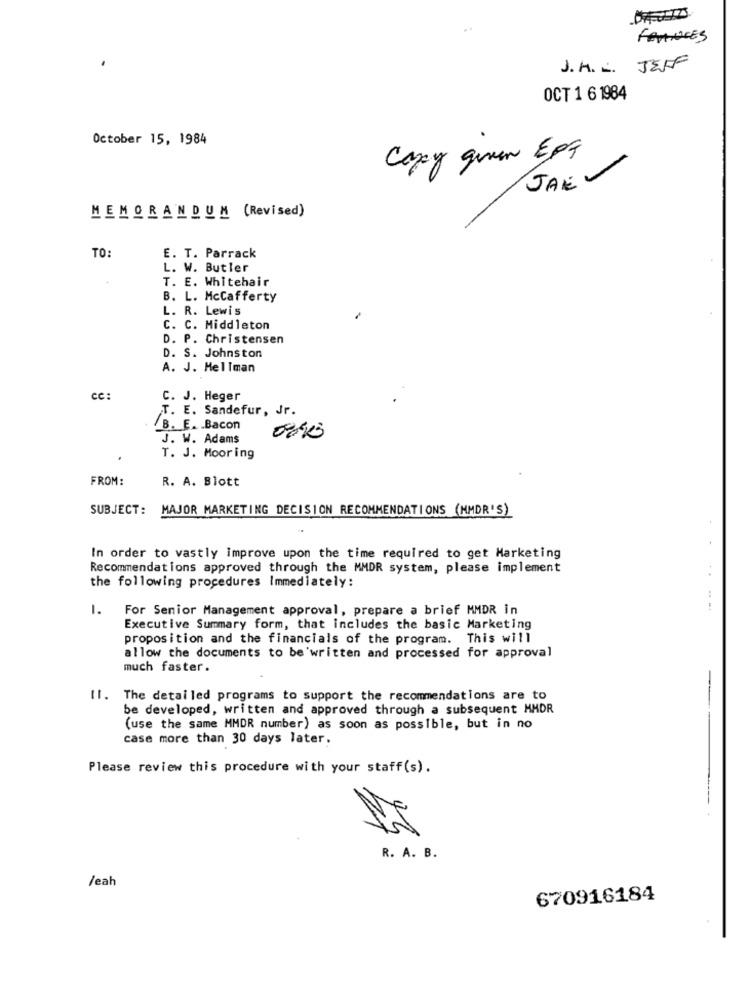
FRANCES
J. H. . JEFF
OCT 1 6 1984
October 15, 1984
Cazay given EpG
JAK V
MEMORANDUM (Revised)
TO:
E. T. Parrack
L. W. Butler
T. E. Whitehair
B. L. Mccafferty
L. R. Lewis
C. C. Middleton
D. P. Christensen
D. S. Johnston
A. J. Mellman
cc:
C. J. Heger
T. E. Sandefur, Jr.
B. E. Bacon
J. W. Adams
0:40
T. J. Mooring
FROM:
R. A. Blott
SUBJECT:
MAJOR MARKETING DECISION RECOMMENDATIONS (MMDR'S)
In order to vastly improve upon the time required to get Marketing
Recommendations approved through the MMDR system, please implement
the following procedures Immediately:
1.
For Senior Management approval, prepare a brief MMDR in
Executive Summary form, that includes the basic Marketing
proposition and the financials of the program. This will
allow the documents to be'written and processed for approval
much faster.
Il. The detailed programs to support the recommendations are to
be developed, written and approved through a subsequent MMDR
(use the same MMDR number) as soon as possible, but in no
case more than 30 days later.
Please review this procedure with your staff (s).
23
R. A. B.
/eah
670916184